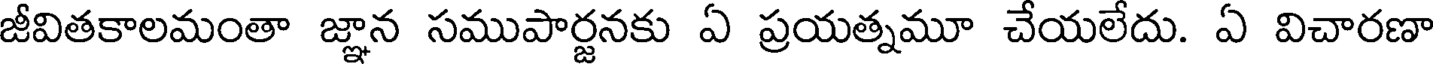
జీవితకాలమంతా జ్ఞాన సముపార్జనకు ఏ ప్రయత్నమూ చేయలేదు. ఏ విచారణా